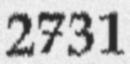
2731